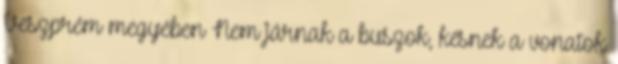
Veszprém megyében Nem járnak a buszok, késnek a vonatok